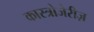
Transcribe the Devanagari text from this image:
कास्त्रोजेरीज़